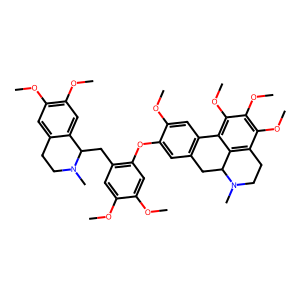
SMILES: COc1cc(CC2c3cc(OC)c(OC)cc3CCN2C)c(Oc2cc3c(cc2OC)-c2c(OC)c(OC)c(OC)c4c2C(C3)N(C)CC4)cc1OC
Inhibits HIV replication: No